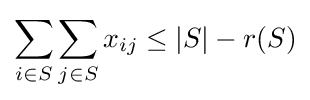
\sum _{i\in S}\sum _{j\in S}x_{ij}\leq |S|-r(S)